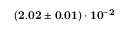
\mathbf { ( 2 . 0 2 \pm 0 . 0 1 ) \cdot 1 0 ^ { - 2 } }